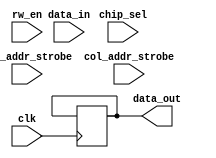
module MemoryBlock(
    input wire clk,
    input wire rw_en,
    input wire chip_sel,
    input wire row_addr_strobe,
    input wire col_addr_strobe,
    input wire [7:0] data_in,
    output reg [7:0] data_out
);

reg [7:0] memory_array [0:1023]; // 1024 rows in memory array
reg [9:0] row_address;
reg [9:0] column_address;

always @ (posedge clk) begin
    if (chip_sel) begin
        if (row_addr_strobe) begin
            row_address <= row_addr_in;
        end
        if (col_addr_strobe) begin
            column_address <= col_addr_in;
        end
        if (rw_en) begin
            if (rw_en == 1'b0) begin // read operation
                data_out <= memory_array[row_address][column_address];
            end else begin // write operation
                memory_array[row_address][column_address] <= data_in;
            end
        end
    end
end

endmodule